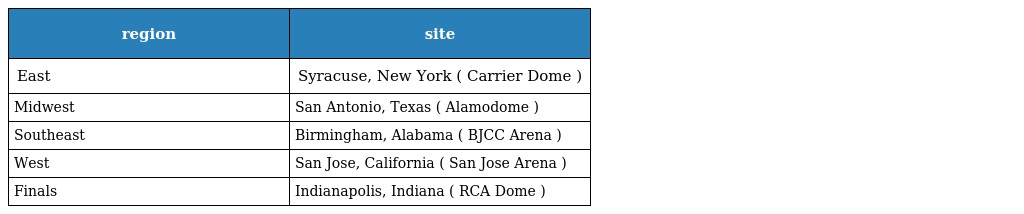
| region | site |
 | --- | --- |
 | East | Syracuse, New York ( Carrier Dome ) |
 | Midwest | San Antonio, Texas ( Alamodome ) |
 | Southeast | Birmingham, Alabama ( BJCC Arena ) |
 | West | San Jose, California ( San Jose Arena ) |
 | Finals | Indianapolis, Indiana ( RCA Dome ) |